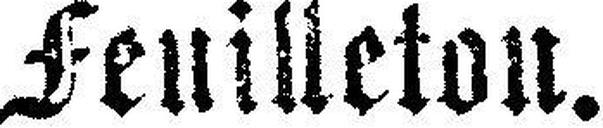
Feuilleton.